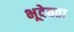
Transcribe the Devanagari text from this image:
भूदेवता